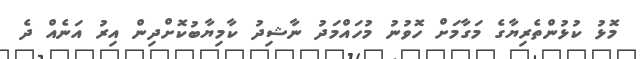
މޮޅު ކުޅުންތެރިޔާގެ މަގާމަށް ހޮވުނު މުހައްމަދު ނާޝިދު ކާމިޔާބުކޮށްދިން އިރު އަނެއް ދެ